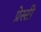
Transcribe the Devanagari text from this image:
प्रेस्सी